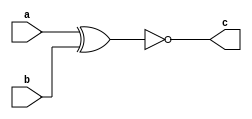
`timescale 1ns / 1ps
//////////////////////////////////////////////////////////////////////////////////
// Company: 
// Engineer: 
// 
// Design Name: 
// Module Name: xnor_1
// Project Name: 
// Target Devices: 
// Tool Versions: 
// Description: 
// 
// Dependencies: 
// 
// Revision:
// Revision 0.01 - File Created
// Additional Comments:
// 
//////////////////////////////////////////////////////////////////////////////////


module xnor_1(a,b,c);
input a,b;
output c;
assign c=~(a^b);
endmodule